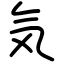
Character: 気